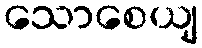
သောစေယျ